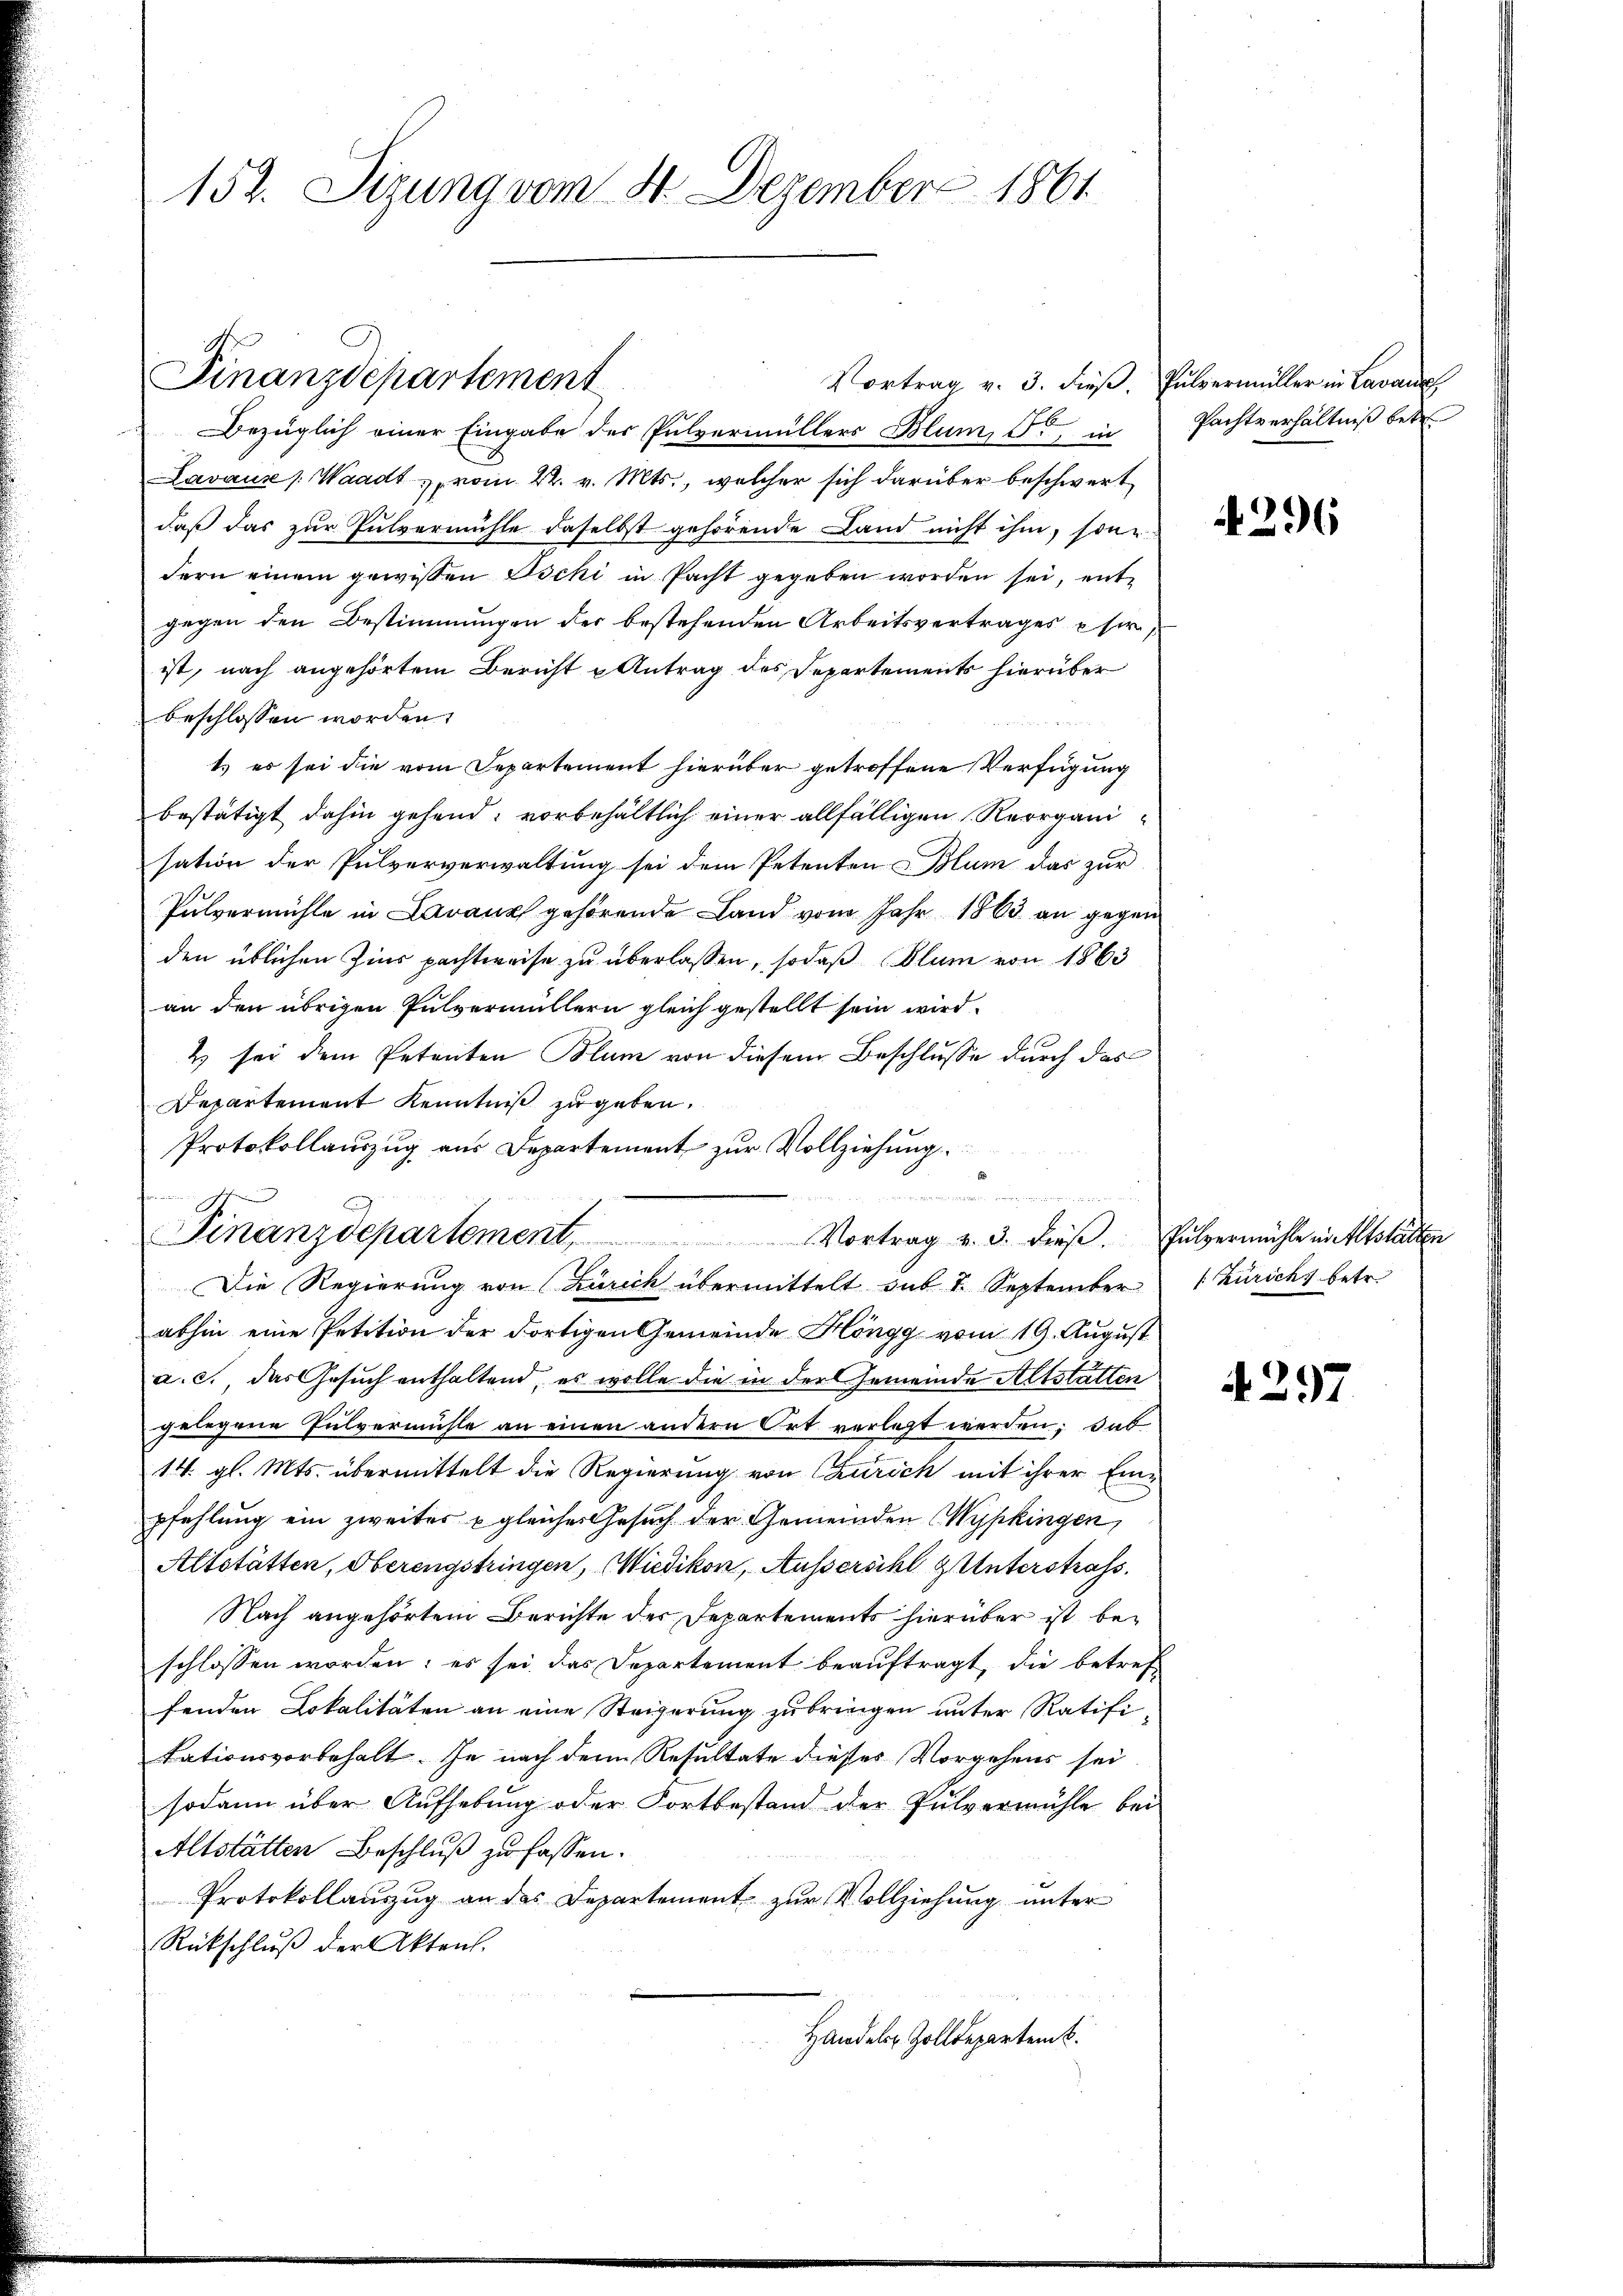
152. Sizung vom 4. Dezember 1861

Finanzdepartement

Bezüglich einer Eingabe des Pulvermüllers Blum, So in
Lavaux (Waadt vom 22. v. Mts., welcher sich darüber beschwert
daß das zur Pulvermühle daselbst gehörende Land nicht ihm, sonn
dern einem gewissen Docki in Pacht gegeben worden sei, ent-
gegen den Bestimmungen der bestehenden Arbeitsvertrages eherist, nach angehörtem Bericht u Antrag des Departements hierüber
beschlossen worden.
t, es sei die vom Departement hierüber getroffene Verfügung
bestätigt dahin gehend; vorbehältlich einer allfälligen Reorganisation der Pulververwaltung sei dem Petenten Blum das zur
Pulvermühle in Lavanz gehörende Land vom Jahr 1863 an gegen
den üblichen Zins pachtweise zu überlassen, sodaß Blum von 1863
an den übrigen Pulvermüllern gleich gestellt sein wird.
2 sei dem Petenten Blum von diesem Beschlusse durch das
Departement Kenntniß zu geben.
Protokollaŭszŭg aŭs Departement zŭr Vollziehŭng
Finanzdepartement, Vortrag v. 3. dieβ. Fulzermühle in Altstätten
Die Regierung von Zürich übermittelt sub 7. September
abhin eine Petition der dortigen Gemeinde Höngg vom 19. August
a. c., das Gesuch enthaltend, es wolle die in der Gemeinde Altstatten
gelegene Pulvermühle an einen andern Ort verletzt werden; dab
14. gl. Mts. übermittelt die Regierung von Curich mit ihrer Einpfehlung ein zweiter u gleicher Gesuch der Gemeinden Wypkingen,
Altstätten, Oberengstringen, Wiedikon, Aussersihl & Unterstrafs
Nach angehörtem Berichte der Departements hierüber ist beschlossen worden; es sei das Departement beauftragt, die betreffenden Lokalitäten an eine Steigerung zu bringen unter Ratifi-
tationsvorbehalt. Je nach dem Resultate dieses Vorgehens sei
sodann über Aufhebung oder Fortbestand der Pulvermühle bei
Altstätten Beschluß zu fassen.
Protokollauszug an das Departement zur Vollziehung unter
Rückschluß der Akten.
Handelen Zolldepartem k.

Vortrag v. 3. dieβ. Pulvermüller in Lavaux

Pachtverhältniß betr

4296

[Zürichs betr.

4297